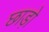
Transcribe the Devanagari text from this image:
छाड़ो